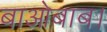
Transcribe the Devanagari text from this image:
बाओबाब।